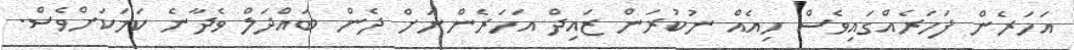
އަހަރެން ފަހަރެއްގައިވެސް ހިއެއް ނުކުރަން ޒައިދް އަހަރެންނަށް ދެން ބައްދަލް ވެދާނެ ކަމަކަށްވެސް.